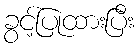
ခွင့်ပြုထားပြီး